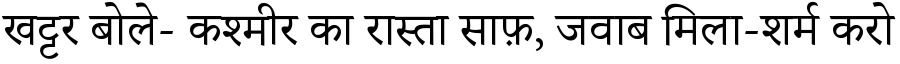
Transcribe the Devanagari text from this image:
खट्टर बोले- कश्मीर का रास्ता साफ़, जवाब मिला-शर्म करो